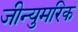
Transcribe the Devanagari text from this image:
जीन्युमरिक